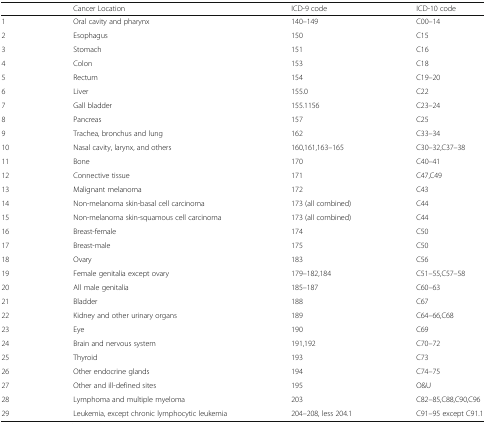
|  | Cancer Location | ICD-9 code | ICD-10 code |
 | --- | --- | --- | --- |
 | 1 | Oral cavity and pharynx | 140–149 | C00–14 |
 | 2 | Esophagus | 150 | C15 |
 | 3 | Stomach | 151 | C16 |
 | 4 | Colon | 153 | C18 |
 | 5 | Rectum | 154 | C19–20 |
 | 6 | Liver | 155.0 | C22 |
 | 7 | Gall bladder | 155.1156 | C23–24 |
 | 8 | Pancreas | 157 | C25 |
 | 9 | Trachea, bronchus and lung | 162 | C33–34 |
 | 10 | Nasal cavity, larynx, and others | 160,161,163–165 | C30–32,C37–38 |
 | 11 | Bone | 170 | C40–41 |
 | 12 | Connective tissue | 171 | C47,C49 |
 | 13 | Malignant melanoma | 172 | C43 |
 | 14 | Non-melanoma skin-basal cell carcinoma | 173 (all combined) | C44 |
 | 15 | Non-melanoma skin-squamous cell carcinoma | 173 (all combined) | C44 |
 | 16 | Breast-female | 174 | C50 |
 | 17 | Breast-male | 175 | C50 |
 | 18 | Ovary | 183 | C56 |
 | 19 | Female genitalia except ovary | 179–182,184 | C51–55,C57–58 |
 | 20 | All male genitalia | 185–187 | C60–63 |
 | 21 | Bladder | 188 | C67 |
 | 22 | Kidney and other urinary organs | 189 | C64–66,C68 |
 | 23 | Eye | 190 | C69 |
 | 24 | Brain and nervous system | 191,192 | C70–72 |
 | 25 | Thyroid | 193 | C73 |
 | 26 | Other endocrine glands | 194 | C74–75 |
 | 27 | Other and ill-defined sites | 195 | O&U |
 | 28 | Lymphoma and multiple myeloma | 203 | C82–85,C88,C90,C96 |
 | 29 | Leukemia, except chronic lymphocytic leukemia | 204–208, less 204.1 | C91–95 except C91.1 |